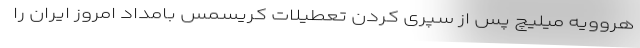
هروویه میلیچ پس از سپری کردن تعطیلات کریسمس بامداد امروز ایران را